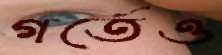
গর্তেও